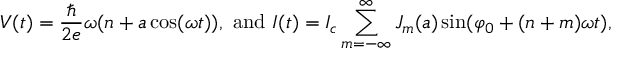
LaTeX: V ( t ) = { \frac { \hbar } { 2 e } } \omega ( n + a \cos ( \omega t ) ) , { \mathrm { ~ a n d ~ } } I ( t ) = I _ { c } \sum _ { m = - \infty } ^ { \infty } J _ { m } ( a ) \sin ( \varphi _ { 0 } + ( n + m ) \omega t ) ,